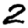
Digit: 2